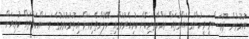
އުމުރުން ދުވަސްމީ މީހުންގެ ޙައްގުތައް ރައްކާތެރިކޮށް ކުރިއެރުވުމާއި ހޭލުންތެރިކަން އިތުރުކުރުމުގެ މަސައްކަތްތައް ކުރިއަށް